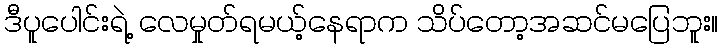
ဒီပူပေါင်းရဲ့ လေမှုတ်ရမယ့်နေရာက သိပ်တော့အဆင်မပြေဘူး။